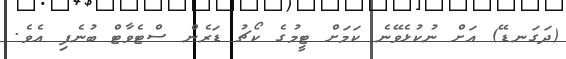
(ދަގަނޑޭ) އަށް ނުކުޅެވޭނެ ކަމަށް ޓީމުގެ ކޯޗު ޑަރެން ސްޓެވާޓް ބުނެފި އެވެ.